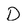
Character: D